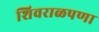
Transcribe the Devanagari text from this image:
शिवराळपणा